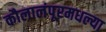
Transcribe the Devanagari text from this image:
कौलालंपूरमधल्या